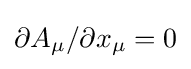
\partial A_{\mu }/\partial x_{\mu }=0